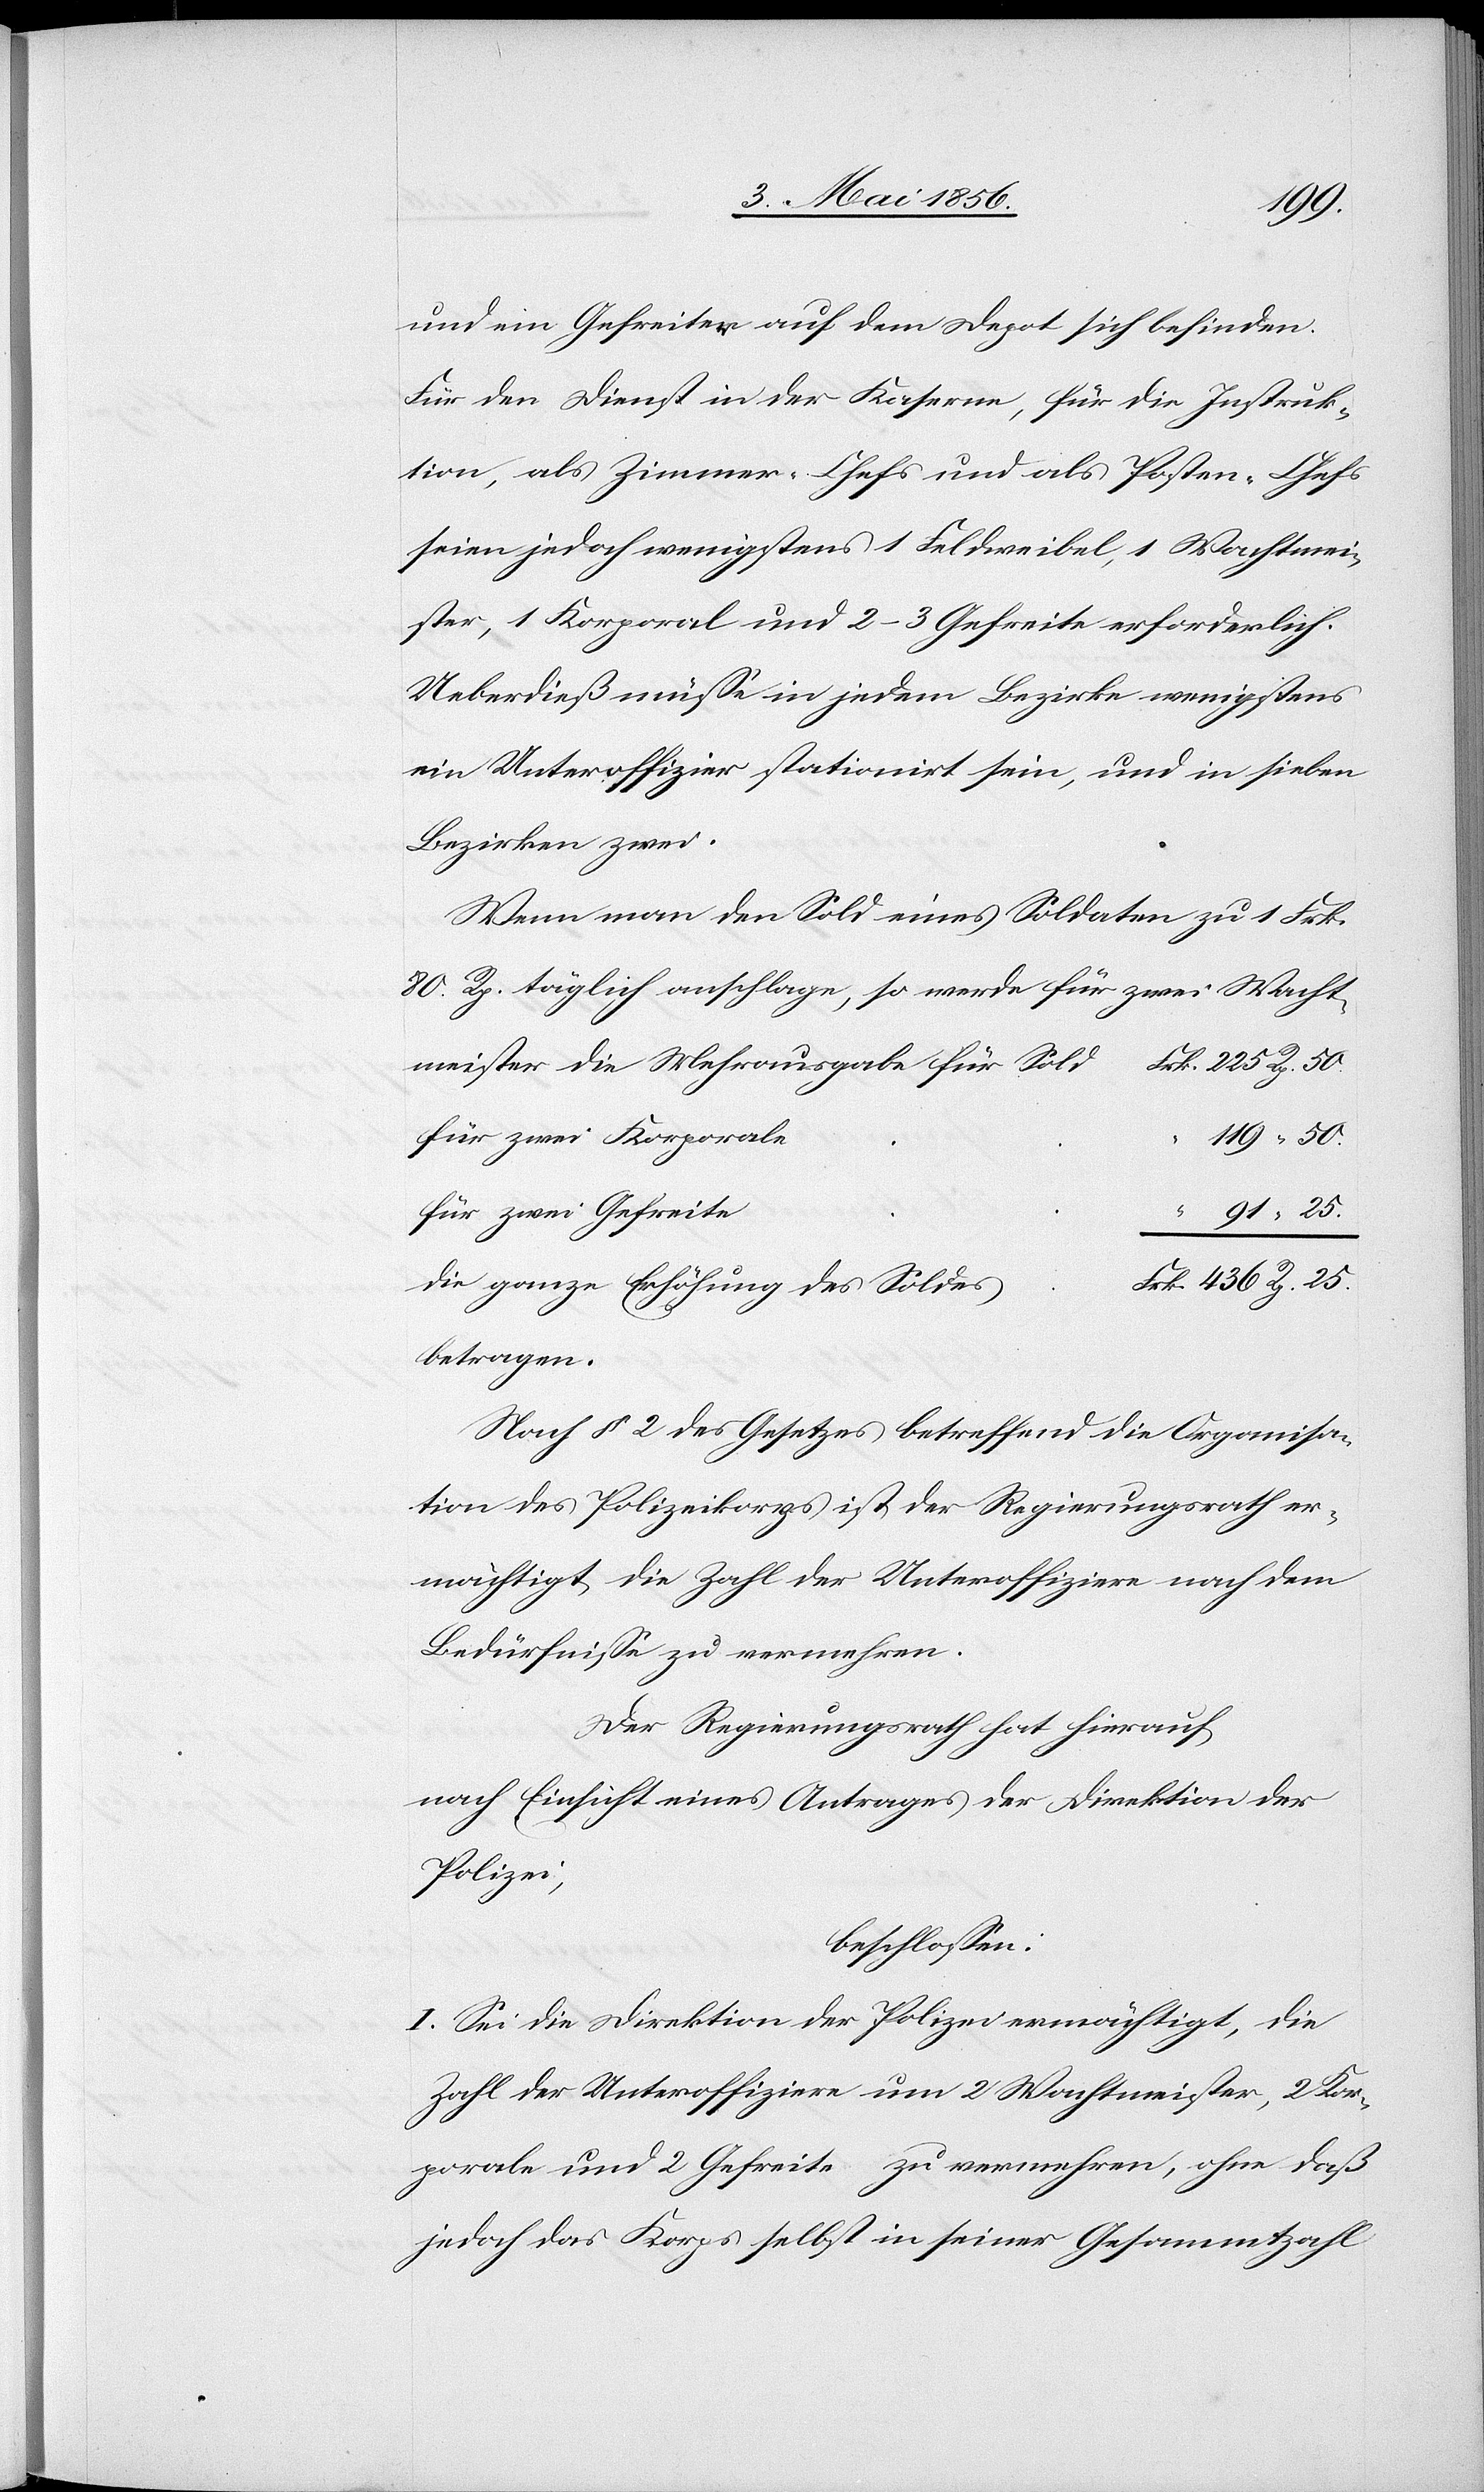
s
und ein Gefreiter auf dem Depot sich befinden.
Für den Dienst in der Kaserne, für die Instruk¬
tion, als Zimmer-Chefs und als Posten-Chefs
seien jedoch wenigstens 1 Feldweibel, 1 Wachtmei¬
ster, 1 Korporal und 2–3 Gefreite erforderlich.
Ueberdieß müsse in jedem Bezirke wenigstens
ein Unteroffizier stationirt sein, und in sieben
Bezirken zwei.
Wenn man den Sold eines Soldaten zu 1 Frk.
80 Rp. täglich anschlage, so werde für zwei Wacht¬
meister die Mehrausgabe für
119 “ 50.
“ 91 “ 25.
Frk. 436 Rp. 25.
die ganze Erhöhung des Solde¬
betragen.
Nach § 2 des Gesetzes betreffend die Organisa¬
tion des Polizeikorps ist der Regierungsrath er¬
mächtigt, die Zahl der Unteroffiziere nach dem
Bedürfnisse zu vermehren.
Der Regierungsrath hat hierauf,
nach Einsicht eines Antrages der Direktion der
Polizei,
beschlossen:
I. Sei die Direktion der Polizei ermächtigt, die
Zahl der Unteroffiziere um 2 Wachtmeister, 2 Kor¬
porale und 2 Gefreite zu vermehren, ohne daß
jedoch das Korps selbst in seiner Gesammtzahl